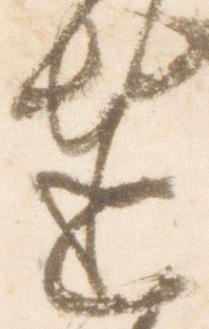
達